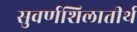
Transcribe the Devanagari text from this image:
सुवर्णशिलातीर्थ